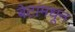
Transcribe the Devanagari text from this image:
बेटांमधून